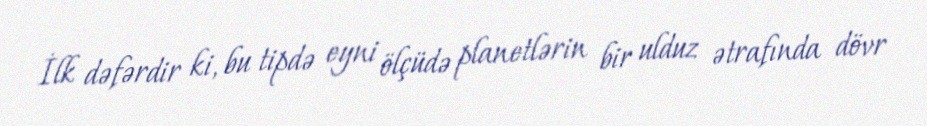
İlk dəfərdir ki, bu tipdə eyni ölçüdə planetlərin bir ulduz ətrafında dövr